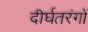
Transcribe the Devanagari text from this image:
दीर्घतरंगों